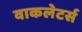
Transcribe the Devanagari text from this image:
वाकलेटर्स